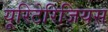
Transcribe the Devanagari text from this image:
यूरिटेरिजियस